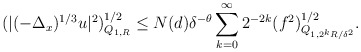
\begin{align*}\begin{aligned} &(|(-\Delta_x)^{1/3} u|^2)^{1/2}_{Q_{1,R}}\le N (d) \delta^{-\theta} \sum_{k=0}^\infty 2^{-2k}(f^2)^{1/2}_{Q_{1,2^{k}R/\delta^2}}.\end{aligned}\end{align*}